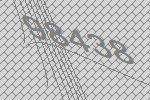
98438